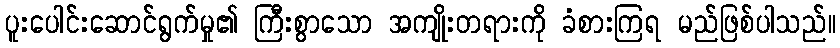
ပူးပေါင်းဆောင်ရွက်မှု၏ ကြီးစွာသော အကျိုးတရားကို ခံစားကြရ မည်ဖြစ်ပါသည်။